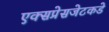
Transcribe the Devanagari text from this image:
एक्सप्रेसजेटकडे